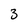
Character: 3